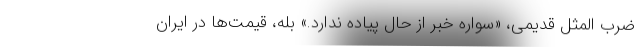
ضرب المثل قدیمی، «سواره خبر از حال پیاده ندارد.» بله، قیمت‌ها در ایران